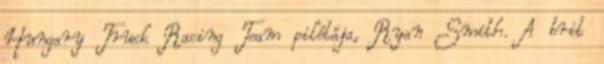
Hungary Truck Racing Team pilótája, Ryan Smith. A brit